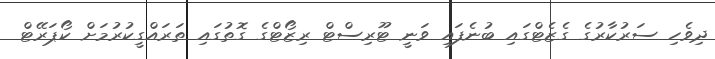
ދިވެހި ސަރުކާރުގެ ގެޒެޓްގައި ބުނެފައި ވަނީ ޓޫރިސްޓް ރިޒޯޓްގެ ގޮތުގައި ތަރައްގީކުރުމަށް ކޯޕަރޭޓް